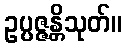
ဥပ္ပဇ္ဇန္တိသုတ်။